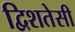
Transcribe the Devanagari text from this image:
द्विशतेसी